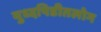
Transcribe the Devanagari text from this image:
युध्दपिडीतलोग